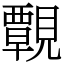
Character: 䚓